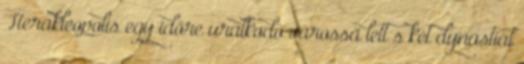
Herakleopolis egy időre uralkodó várossá lett s két dynastiát